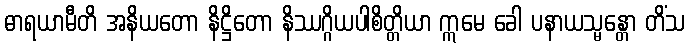
ဓာရယာမီတိ အနိယတော နိဋ္ဌိတော နိဿဂ္ဂိယပါစိတ္တိယာ ဣမေ ခေါ ပနာယသ္မန္တော တိံသ